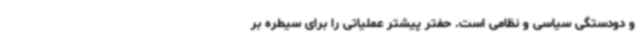
و دودستگی سیاسی و نظامی است. حفتر پیشتر عملیاتی را برای سیطره بر